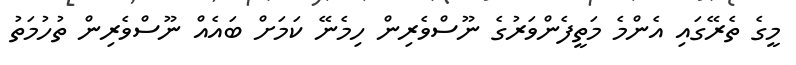
މީގެ ތެރޭގައި އެންމެ މަތީފެންވަރުގެ ނޫސްވެރިން ހިމެނޭ ކަމަށް ބައެއް ނޫސްވެރިން ތުހުމަތު